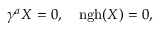
\gamma ^ { a } X = 0 , \quad \mathrm { n g h } ( X ) = 0 ,